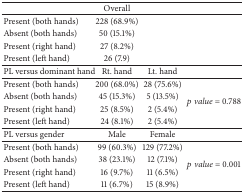
|  | Overall |  |  |
 | --- | --- | --- | --- |
 | Present (both hands) | 228 (68.9%) |  |  |
 | Absent (both hands) | 50 (15.1%) |  |  |
 | Present (right hand) | 27 (8.2%) |  |  |
 | Present (left hand) | 26 (7.9) |  |  |
 | PL versus dominant hand | Rt. hand | Lt. hand |  |
 | Present (both hands) | 200 (68.0%) | 28 (75.6%) | <ROWSPAN=4> p value = 0.788 |
 | Absent (both hands) | 45 (15.3%) | 5 (13.5%) |
 | Present (right hand) | 25 (8.5%) | 2 (5.4%) |
 | Present (left hand) | 24 (8.1%) | 2 (5.4%) |
 | PL versus gender | Male | Female |  |
 | Present (both hands) | 99 (60.3%) | 129 (77.2%) | <ROWSPAN=4> p value = 0.001 |
 | Absent (both hands) | 38 (23.1%) | 12 (7.1%) |
 | Present (right hand) | 16 (9.7%) | 11 (6.5%) |
 | Present (left hand) | 11 (6.7%) | 15 (8.9%) |